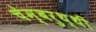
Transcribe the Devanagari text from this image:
चेम्बरुथ्थी